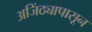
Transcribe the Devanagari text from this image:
अजिंठ्यापासून